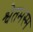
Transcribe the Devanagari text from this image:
श्वेतभस्म